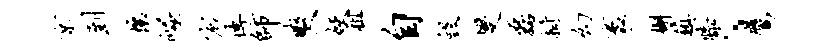
京到壤崛宸博师爽妖租自毁燮磊拊幻袤槲镇膝、鹰